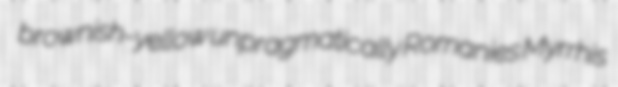
brownish-yellow unpragmatically Romanies Myrrhis